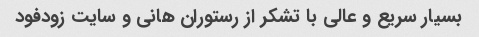
بسیار سریع و عالی با تشکر از رستوران هانی و سایت زودفود